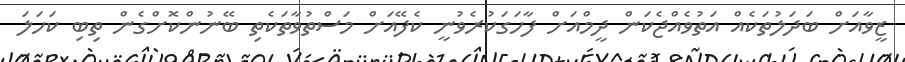
ޒީވާއަށް ބަދަލުތަކެއް އަތުވެއްޖެކަން ދީމްއަށް ފާހަގަކުރެވުނީ ކެފޭއަށް މަސްތުވާތަކެތި ބޭނުންކޮށްގެން ތިބި ކަހަލަ